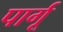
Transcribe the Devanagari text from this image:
पार्गू